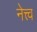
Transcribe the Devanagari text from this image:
नेत्त्व